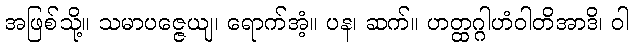
အဖြစ်သို့။ သမာပဇ္ဇေယျ၊ ရောက်အံ့။ ပန၊ ဆက်။ ဟတ္ထဂ္ဂါဟံဝါတိအာဒိ၊ ဝါ